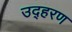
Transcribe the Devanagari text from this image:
उद्हरण